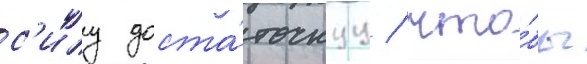
с'илу доста́точнуу / что́бы